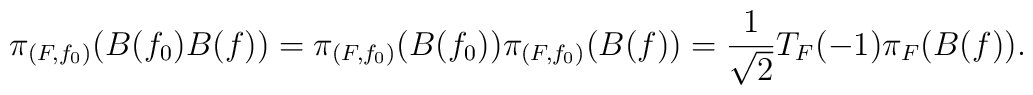
\pi_{(F,f_0)}(B(f_0)B(f)) = \pi_{(F,f_0)}(B(f_0))\pi_{(F,f_0)}(B(f)) = \frac{1}{\sqrt{2}} T_F(-1)\pi_F(B(f)).